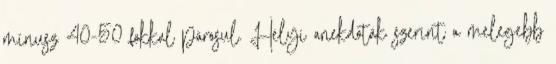
mínusz 40-50 fokkal párosul. Helyi anekdoták szerint a melegebb